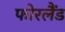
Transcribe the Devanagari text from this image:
फोरलैंड